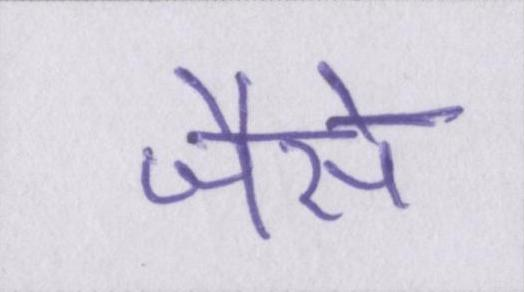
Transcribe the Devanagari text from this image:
जैसै